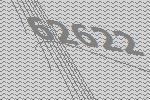
62622